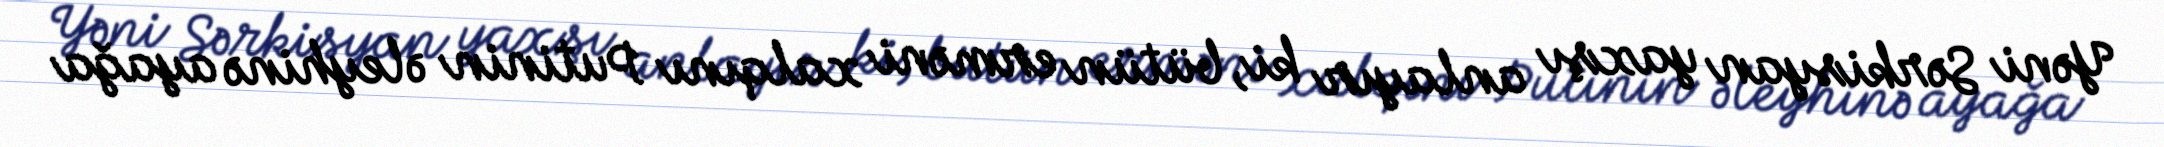
Yəni Sərkisyan yaxşı anlayır ki, bütün erməni xalqını Putinin əleyhinə ayağa